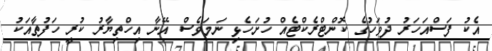
އެކު ފަސްއަހަރު ދުވަހުގެ ކޮންޓްރެކްޓެއް ހުށަހެޅި ނަމަވެސް އޭނާ އިހްތިޔާރު ކުރީ ހަފުތާއަކު